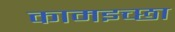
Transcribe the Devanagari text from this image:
कामइच्‍छा